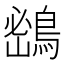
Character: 𪂨